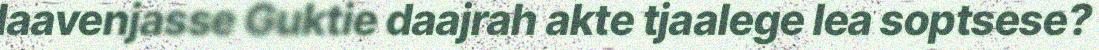
laavenjasse Guktie daajrah akte tjaalege lea soptsese?